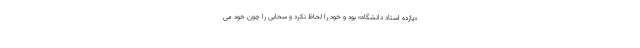
«یازده استاد دانشگاه» بود و خود را لحاظ نکرد و سحابی را چون خود می